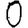
Digit: 0